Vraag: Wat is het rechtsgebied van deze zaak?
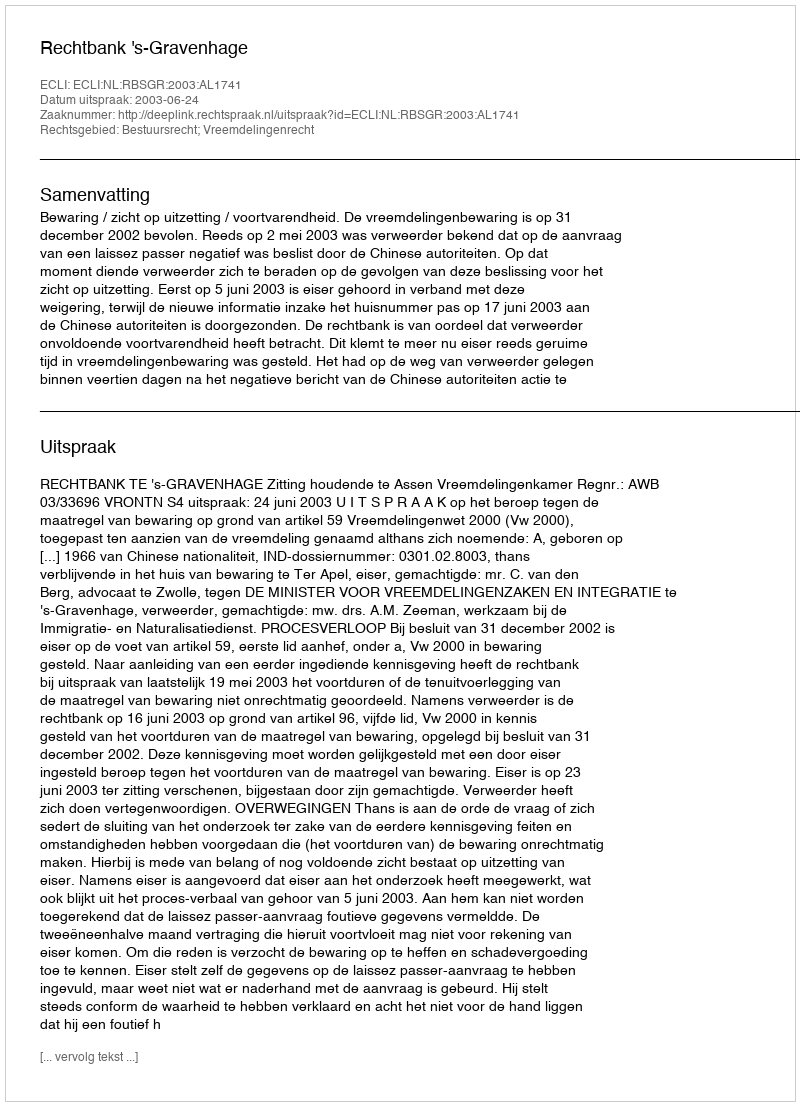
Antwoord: Bestuursrecht; Vreemdelingenrecht